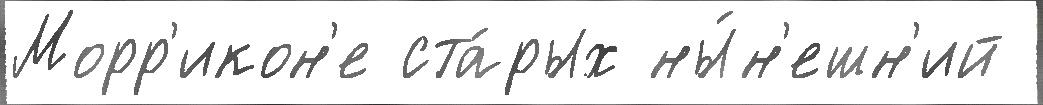
Морр'икон'е ста́рых ны́н'ешн'ий